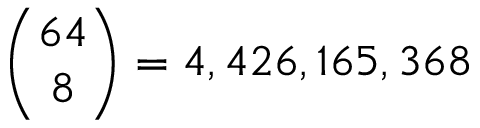
{ \binom { 6 4 } { 8 } } = 4 , 4 2 6 , 1 6 5 , 3 6 8